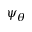
\psi _ { \theta }